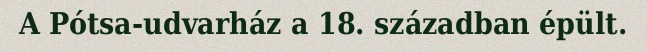
A Pótsa-udvarház a 18. században épült.